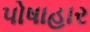
પોષાહાર